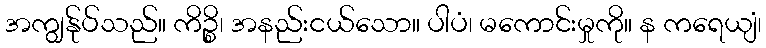
အကျွန်ုပ်သည်။ ကိဉ္စိ၊ အနည်းငယ်သော။ ပါပံ၊ မကောင်းမှုကို။ န ကရေယျံ၊